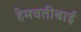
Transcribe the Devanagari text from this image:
हेमवतीबाई